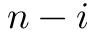
n - i